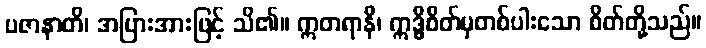
ပဇာနာတိ၊ အပြားအားဖြင့် သိ၏။ ဣတရာနိ၊ ဣဒ္ဓိစိတ်မှတစ်ပါးသော စိတ်တို့သည်။